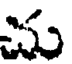
చు